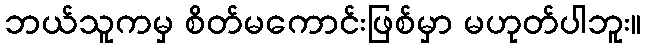
ဘယ်သူကမှ စိတ်မကောင်းဖြစ်မှာ မဟုတ်ပါဘူး။